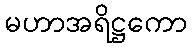
မဟာအရိဋ္ဌကော